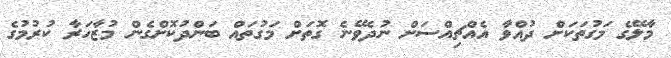
މާލޭގެ މަގުތަކަށް ދުއްވާ އެއްޗިއްސަށް ނުދެވޭނެ ގޮތަށް މަގުތައް ބަންދުކޮށްގެން މުޒާހަރާ ކުރުމުގެ